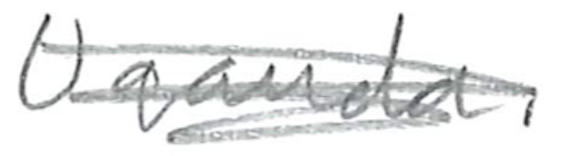
Text: Uganda.
Cross-out: mix
Writing tool: pencil